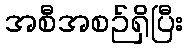
အစီအစဉ်ရှိပြီး